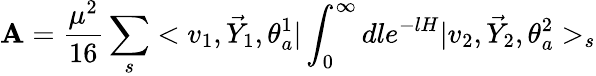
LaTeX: {\cal\mathbf{A}}=\frac{{\mu^{2}}}{{16}}\sum_{s}<v_{1},\vec{{Y}}_{1},\theta_{a}^{1}|\int_{0}^{\infty}dle^{-lH}|v_{2},\vec{{Y}}_{2},\theta_{a}^{2}>_{s}